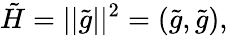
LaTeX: \tilde{H}=||\tilde{g}||^{2}=(\tilde{g},\tilde{g}),